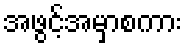
အဖွင့်အမှာစကား